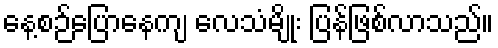
နေ့စဉ်ပြောနေကျ လေသံမျိုး ပြန်ဖြစ်လာသည်။